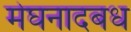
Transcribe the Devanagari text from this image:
मेघनादबध